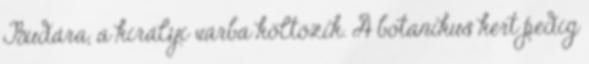
Budára, a királyi várba költözik. A botanikus kert pedig